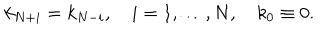
LaTeX: k _ { N + i } = k _ { N - i } , \quad i = 1 , \ldots , N , \quad k _ { 0 } \equiv 0 .